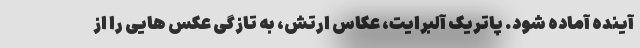
آینده آماده شود. پاتریک آلبرایت، عکاس ارتش، به تازگی عکس هایی را از